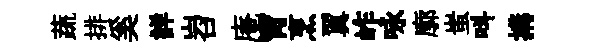
蔬排奚詳岧庵宵烹翼岞咏廓蚩呌搆